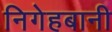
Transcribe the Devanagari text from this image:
निगेहबानी